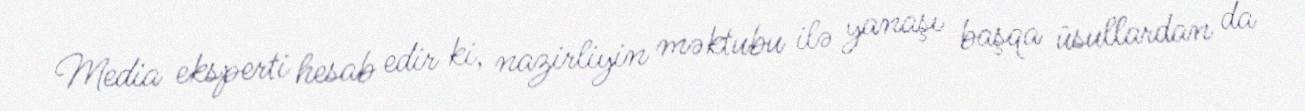
Media eksperti hesab edir ki, nazirliyin məktubu ilə yanaşı başqa üsullardan da